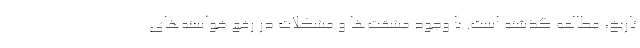
تاریخ، مطالعه گذشته است. با وجود مشقت‌ها و مشکلات در‌‌ رفع خواسته‌های